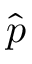
\hat { p }